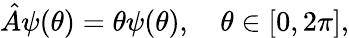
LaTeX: {\hat{A}}\psi(\theta)=\theta\psi(\theta),\quad\theta\in[0,2\pi],